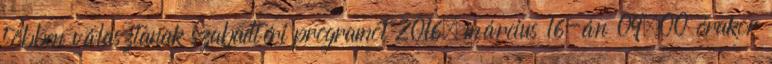
többen választanak szabadtéri programot 2016. március 16-án 09.00 órakor